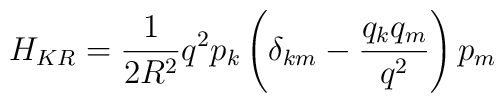
H_{KR}=\frac {1}{2R^2} q^2 p_k \left( \delta_{km} - \frac{q_k q_m}{q^2}\right)p_m